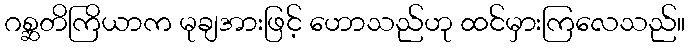
ဂစ္ဆတိကြိယာက မုချအားဖြင့် ဟောသည်ဟု ထင်မှားကြလေသည်။